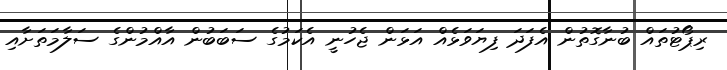
ރިޕޯޓުތައް ބުނާގޮތުން އެފަދަ ފިޔަވަޅެއް އަޅަން ޖެހުނީ އެކަމުގެ ސަބަބުން އާއްމުންގެ ސަލާމަތަށާއި